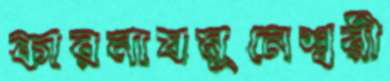
কারনাযমুনেশ্বরী